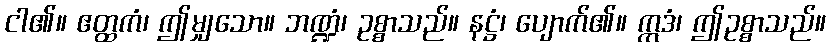
ငါ၏။ ဧတ္ထကံ၊ ဤမျှသော။ ဘဏ္ဍံ၊ ဥစ္စာသည်။ နဋ္ဌံ၊ ပျောက်၏။ ဣဒံ၊ ဤဥစ္စာသည်။